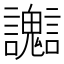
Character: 𧮊